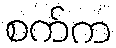
စက်က